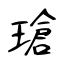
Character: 瑲